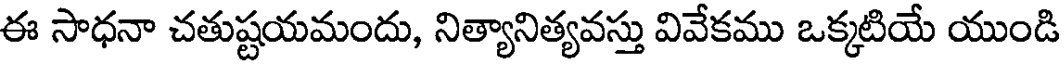
ఈ సాధనా చతుష్టయమందు, నిత్యానిత్యవస్తు వివేకము ఒక్కటియే యుండి